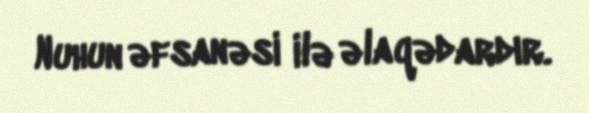
Nuhun əfsanəsi ilə əlaqədardır.